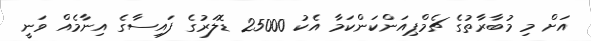
އަށް މި މުބާރާތުގެ ޗެމްޕިއަންކަންކަމާ އެކު 25000 ޑޮލަރުގެ ފައިސާގެ އިނާމެއް ވަނީ